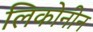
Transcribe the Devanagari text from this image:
लिकोनीन